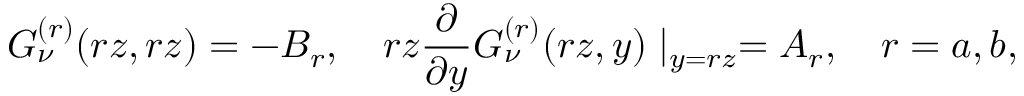
G _ { \nu } ^ { ( r ) } ( r z , r z ) = - B _ { r } , \quad r z \frac { \partial } { \partial y } G _ { \nu } ^ { ( r ) } ( r z , y ) \mid _ { y = r z } = A _ { r } , \quad r = a , b ,